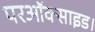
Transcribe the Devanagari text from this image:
परऑक्साइड।